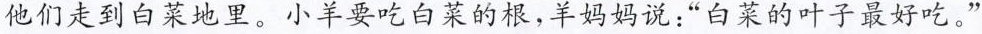
他们走到白菜地里。小羊要吃白菜的根，羊妈妈说：”白菜的叶子最好吃。”